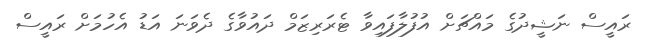
ރައީސް ނަޝީދުގެ މައްޗަށް އުފުލާފައިވާ ޓެރަރިޒަމް ދައުވާގެ ދެވަނަ އަޑު އެހުމަށް ރައީސް